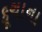
કૂચાના